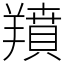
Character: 羵